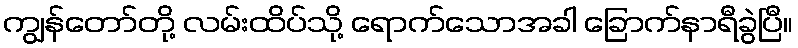
ကျွန်တော်တို့ လမ်းထိပ်သို့ ရောက်သောအခါ ခြောက်နာရီခွဲပြီ။